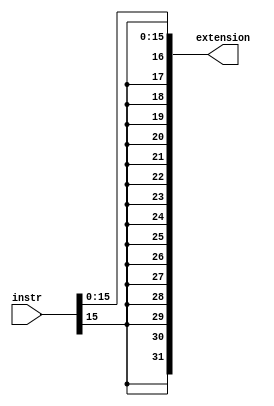
module sign_extend(input wire [31:0] instr,
                    output wire [31:0] extension);
    assign extension = {{16{instr[15]}}, instr[15:0]};
endmodule